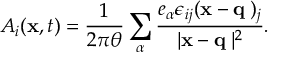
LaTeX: A _ { i } ( { \bf x } , t ) = \frac { 1 } { 2 \pi \theta } \sum _ { \alpha } \frac { e _ { \alpha } \epsilon _ { i j } ( { \bf x } - { \bf q _ { \alpha } } ) _ { j } } { \vert { \bf x } - { \bf q _ { \alpha } } \vert ^ { 2 } } .